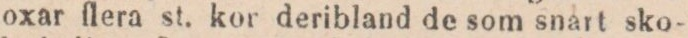
oxar flera st. kor deribland de som snart sko-